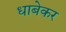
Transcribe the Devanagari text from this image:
धाबेकर